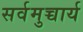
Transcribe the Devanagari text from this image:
सर्वमुच्चार्य